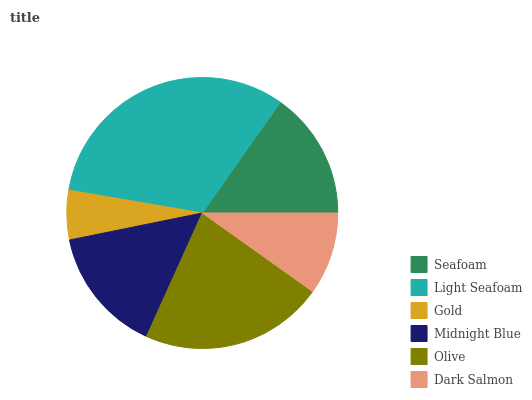
| Seafoam | Light Seafoam | Gold | Midnight Blue | Olive | Dark Salmon |
 | --- | --- | --- | --- | --- | --- |
 | 15.2% | 32.1% | 5.88% | 15% | 21.9% | 9.84% |